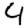
Digit: 4